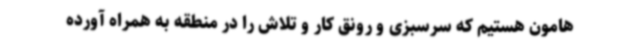
هامون هستیم که سرسبزی و رونق کار و تلاش را در منطقه به همراه آورده